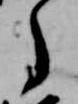
了